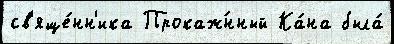
св'яще́нн'ика Прокаж́нный Ка́на была́